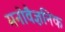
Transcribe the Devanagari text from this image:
मनोवैज्ञनिक